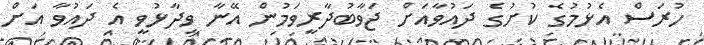
ހުރަސް އެޅުމުގެ ކުށުގެ ދައުވާއަށް ޖަވާބުދާރީވަމުން އޭނާ ވިދާޅުވީ އެ ދައުވާ އަށް